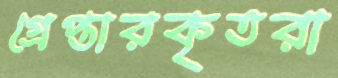
গ্রেপ্তারকৃতরা